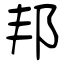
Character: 邦